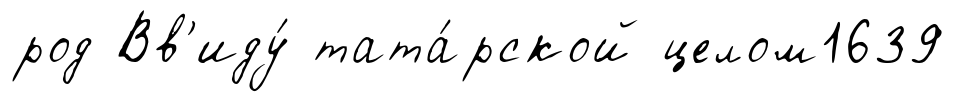
род Вв'иду́ тата́рской целом1639